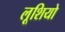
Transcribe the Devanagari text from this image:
लूशियो